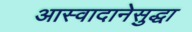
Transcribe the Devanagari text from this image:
आस्वादानेसुद्धा